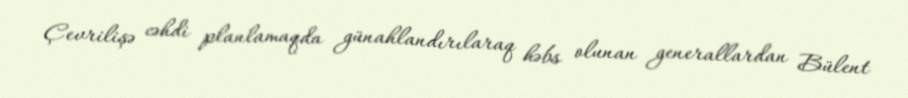
Çevrilişə cəhdi planlamaqda günahlandırılaraq həbs olunan generallardan Bülent